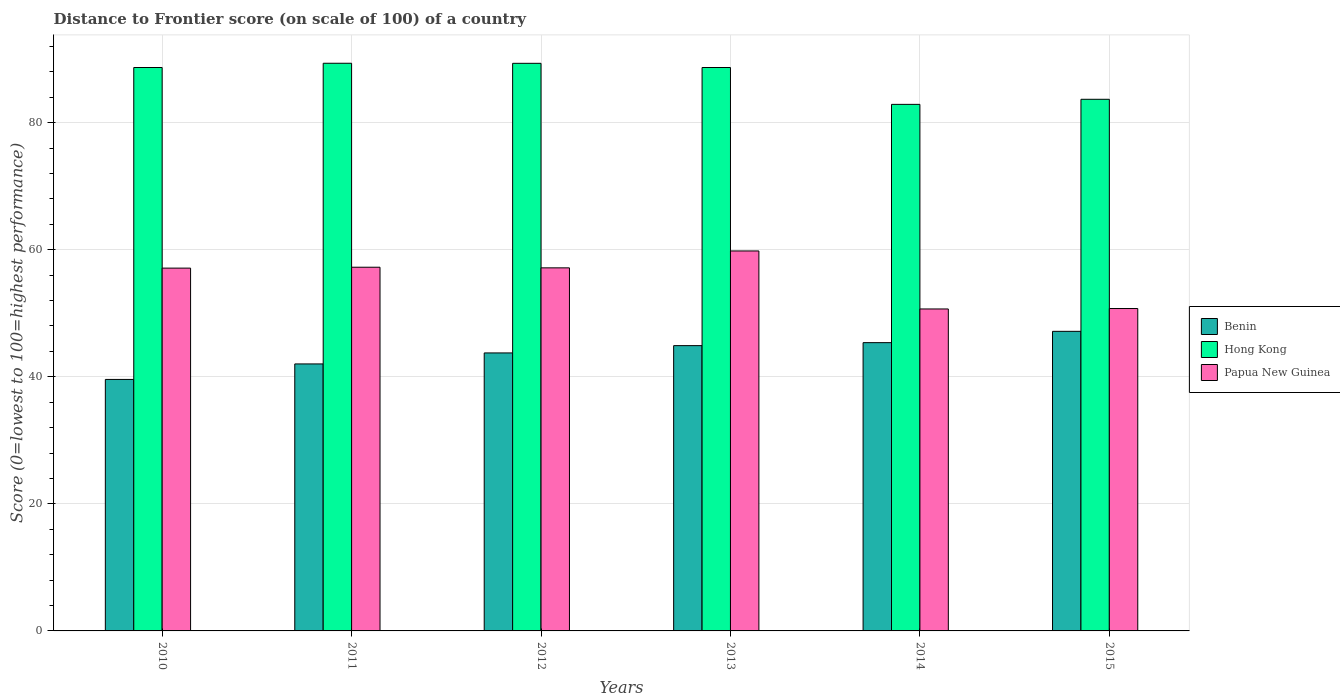
| Years | Benin | Hong Kong | Papua New Guinea |
 | --- | --- | --- | --- |
 | 2010 | 39.6 | 88.7 | 57.1 |
 | 2011 | 42 | 89.3 | 57.2 |
 | 2012 | 43.8 | 89.3 | 57.1 |
 | 2013 | 44.9 | 88.7 | 59.8 |
 | 2014 | 45.4 | 82.9 | 50.7 |
 | 2015 | 47.1 | 83.7 | 50.7 |